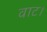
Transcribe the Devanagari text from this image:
वाट।